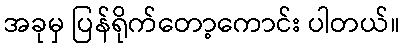
အခုမှ ပြန်ရိုက်တော့ကောင်း ပါတယ်။